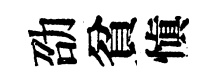
劭貧愼